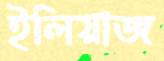
ইলিয়াজ